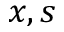
x , s